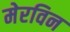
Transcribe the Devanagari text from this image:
मेरविन